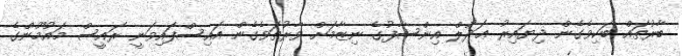
ބާރުތައް ބަކިވެގެން ދިޔައިރު ޢަދުލް އިންސާފުގެ ނިޒާމަށް ވާރުތަވެގެން އައިސްފައިވަނީ ރައީސް މައުމޫންގެ